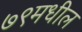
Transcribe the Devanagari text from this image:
७९मधील